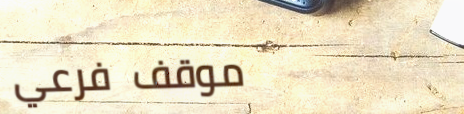
موقف فرعي